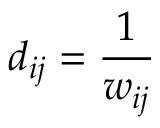
d _ { i j } = \frac { 1 } { w _ { i j } }